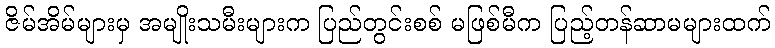
ဇိမ်အိမ်များမှ အမျိုးသမီးများက ပြည်တွင်းစစ် မဖြစ်မီက ပြည့်တန်ဆာမများထက်